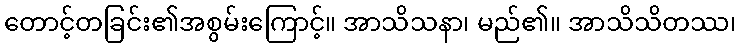
တောင့်တခြင်း၏အစွမ်းကြောင့်။ အာသိသနာ၊ မည်၏။ အာသိသိတဿ၊